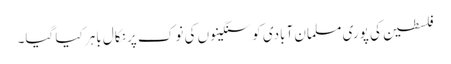
فلسطین کی پوری مسلمان آبادی کو سنگینوں کی نوک پر نکال باہر کیا گیا۔